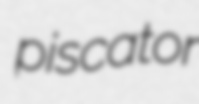
piscator